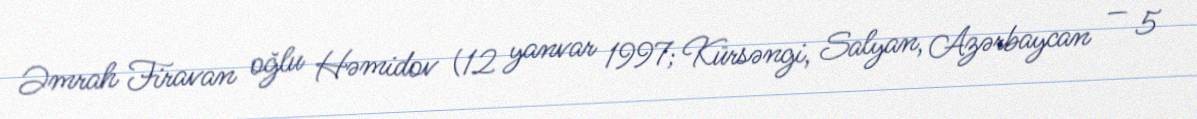
Əmrah Firavan oğlu Həmidov (12 yanvar 1997; Kürsəngi, Salyan, Azərbaycan — 5